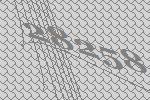
28258